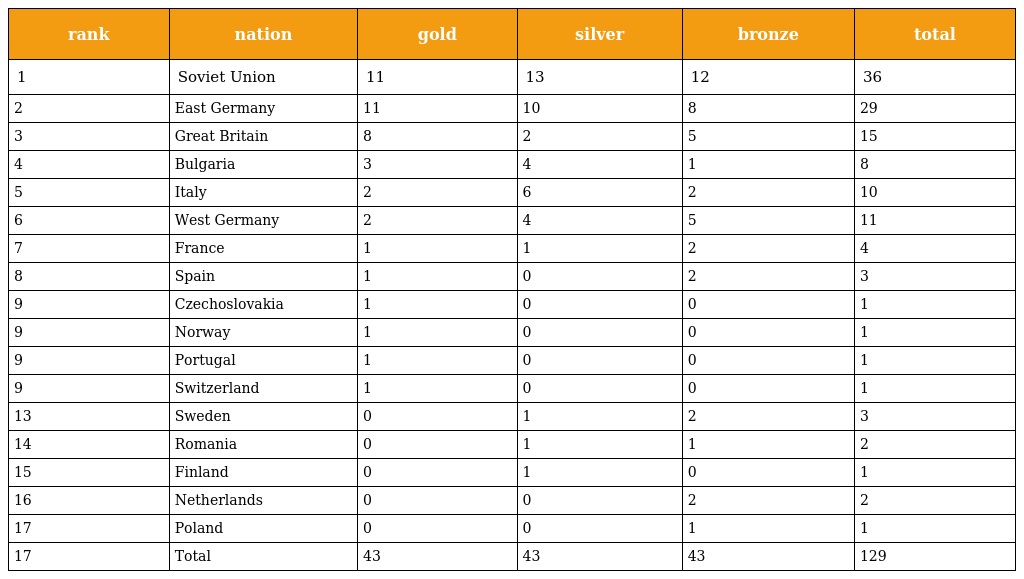
| rank | nation | gold | silver | bronze | total |
 | --- | --- | --- | --- | --- | --- |
 | 1 | Soviet Union | 11 | 13 | 12 | 36 |
 | 2 | East Germany | 11 | 10 | 8 | 29 |
 | 3 | Great Britain | 8 | 2 | 5 | 15 |
 | 4 | Bulgaria | 3 | 4 | 1 | 8 |
 | 5 | Italy | 2 | 6 | 2 | 10 |
 | 6 | West Germany | 2 | 4 | 5 | 11 |
 | 7 | France | 1 | 1 | 2 | 4 |
 | 8 | Spain | 1 | 0 | 2 | 3 |
 | 9 | Czechoslovakia | 1 | 0 | 0 | 1 |
 | 9 | Norway | 1 | 0 | 0 | 1 |
 | 9 | Portugal | 1 | 0 | 0 | 1 |
 | 9 | Switzerland | 1 | 0 | 0 | 1 |
 | 13 | Sweden | 0 | 1 | 2 | 3 |
 | 14 | Romania | 0 | 1 | 1 | 2 |
 | 15 | Finland | 0 | 1 | 0 | 1 |
 | 16 | Netherlands | 0 | 0 | 2 | 2 |
 | 17 | Poland | 0 | 0 | 1 | 1 |
 | 17 | Total | 43 | 43 | 43 | 129 |